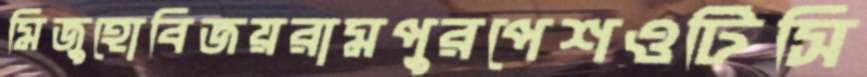
মিজুহোবিজয়রামপুরপেশওটিসি